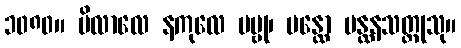
၁၀၈၀။ ဗိလာလေ နကုလေ ဗဗ္ဗု၊ မန္ထော မန္ထနသတ္တုသု။